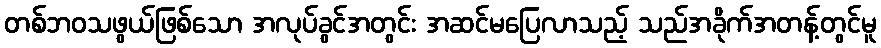
တစ်ဘဝသဖွယ်ဖြစ်သော အလုပ်ခွင်အတွင်း အဆင်မပြေလာသည့် သည်အခိုက်အတန့်တွင်မူ